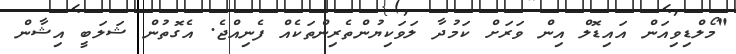
"މޯލްޑިވިއަން އައިޑޮލް އިން ވަރަށް ކަމުދާ ލަވަކިޔުންތެރިންތަކެއް ފެނިއްޖެ. އެގޮތުން ޝަލަބީ އިޝާން